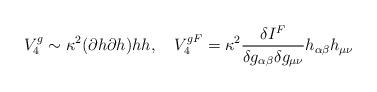
LaTeX: \begin{align*}V^{g}_4\sim \kappa^2 (\partial h\partial h) h h, \ \ \ V_4^{gF}=\kappa^2 \frac{\delta I^F}{\delta g_{\alpha\beta}\delta g_{\mu\nu}}h_{\alpha\beta} h_{\mu\nu}\end{align*}